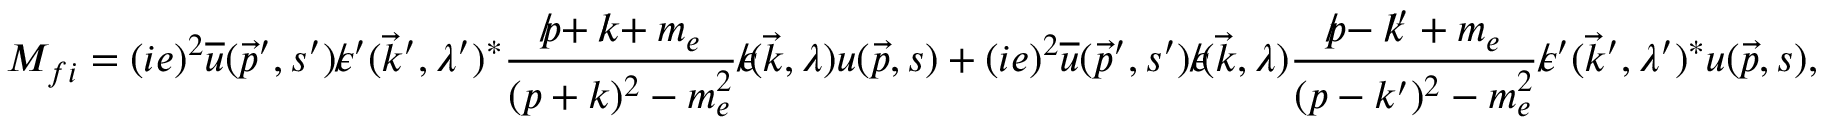
M _ { f i } = ( i e ) ^ { 2 } { \overline { { u } } } ( { \vec { p } } ^ { \prime } , s ^ { \prime } ) \epsilon \! \! \! / \, ^ { \prime } ( { \vec { k } } ^ { \prime } , \lambda ^ { \prime } ) ^ { * } { \frac { p \! \! \! / + k \! \! \! / + m _ { e } } { ( p + k ) ^ { 2 } - m _ { e } ^ { 2 } } } \epsilon \! \! \! / ( { \vec { k } } , \lambda ) u ( { \vec { p } } , s ) + ( i e ) ^ { 2 } { \overline { { u } } } ( { \vec { p } } ^ { \prime } , s ^ { \prime } ) \epsilon \! \! \! / ( { \vec { k } } , \lambda ) { \frac { p \! \! \! / - k \! \! \! / ^ { \prime } + m _ { e } } { ( p - k ^ { \prime } ) ^ { 2 } - m _ { e } ^ { 2 } } } \epsilon \! \! \! / \, ^ { \prime } ( { \vec { k } } ^ { \prime } , \lambda ^ { \prime } ) ^ { * } u ( { \vec { p } } , s ) ,